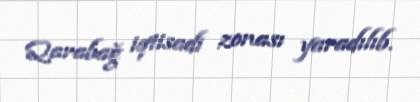
Qarabağ iqtisadi zonası yaradılıb.